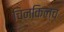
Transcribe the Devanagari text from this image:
चिनकिल्च